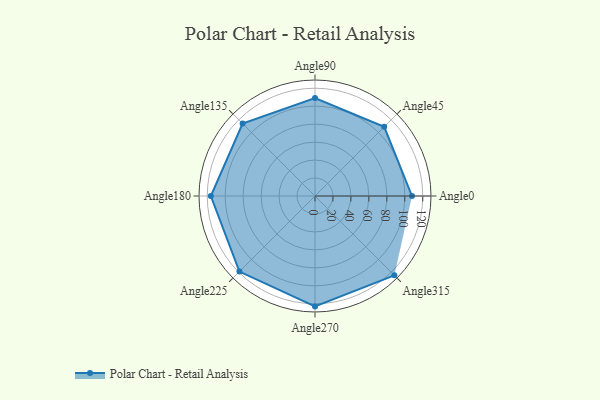
{"axis": {"x": "Angle", "y": "Radius"}, "legend": [""], "data": [{"x": "Angle0", "y": 108.0, "type": ""}, {"x": "Angle45", "y": 109.0, "type": ""}, {"x": "Angle90", "y": 109.0, "type": ""}, {"x": "Angle135", "y": 114.0, "type": ""}, {"x": "Angle180", "y": 116.0, "type": ""}, {"x": "Angle225", "y": 119.0, "type": ""}, {"x": "Angle270", "y": 123.0, "type": ""}, {"x": "Angle315", "y": 125.0, "type": ""}]}